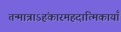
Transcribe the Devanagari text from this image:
तन्मात्राऽहंकारमहदात्मिकायाँ